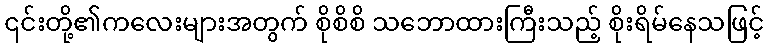
၎င်းတို့၏ကလေးများအတွက် စိုစိစိ သဘောထားကြီးသည့် စိုးရိမ်နေသဖြင့်